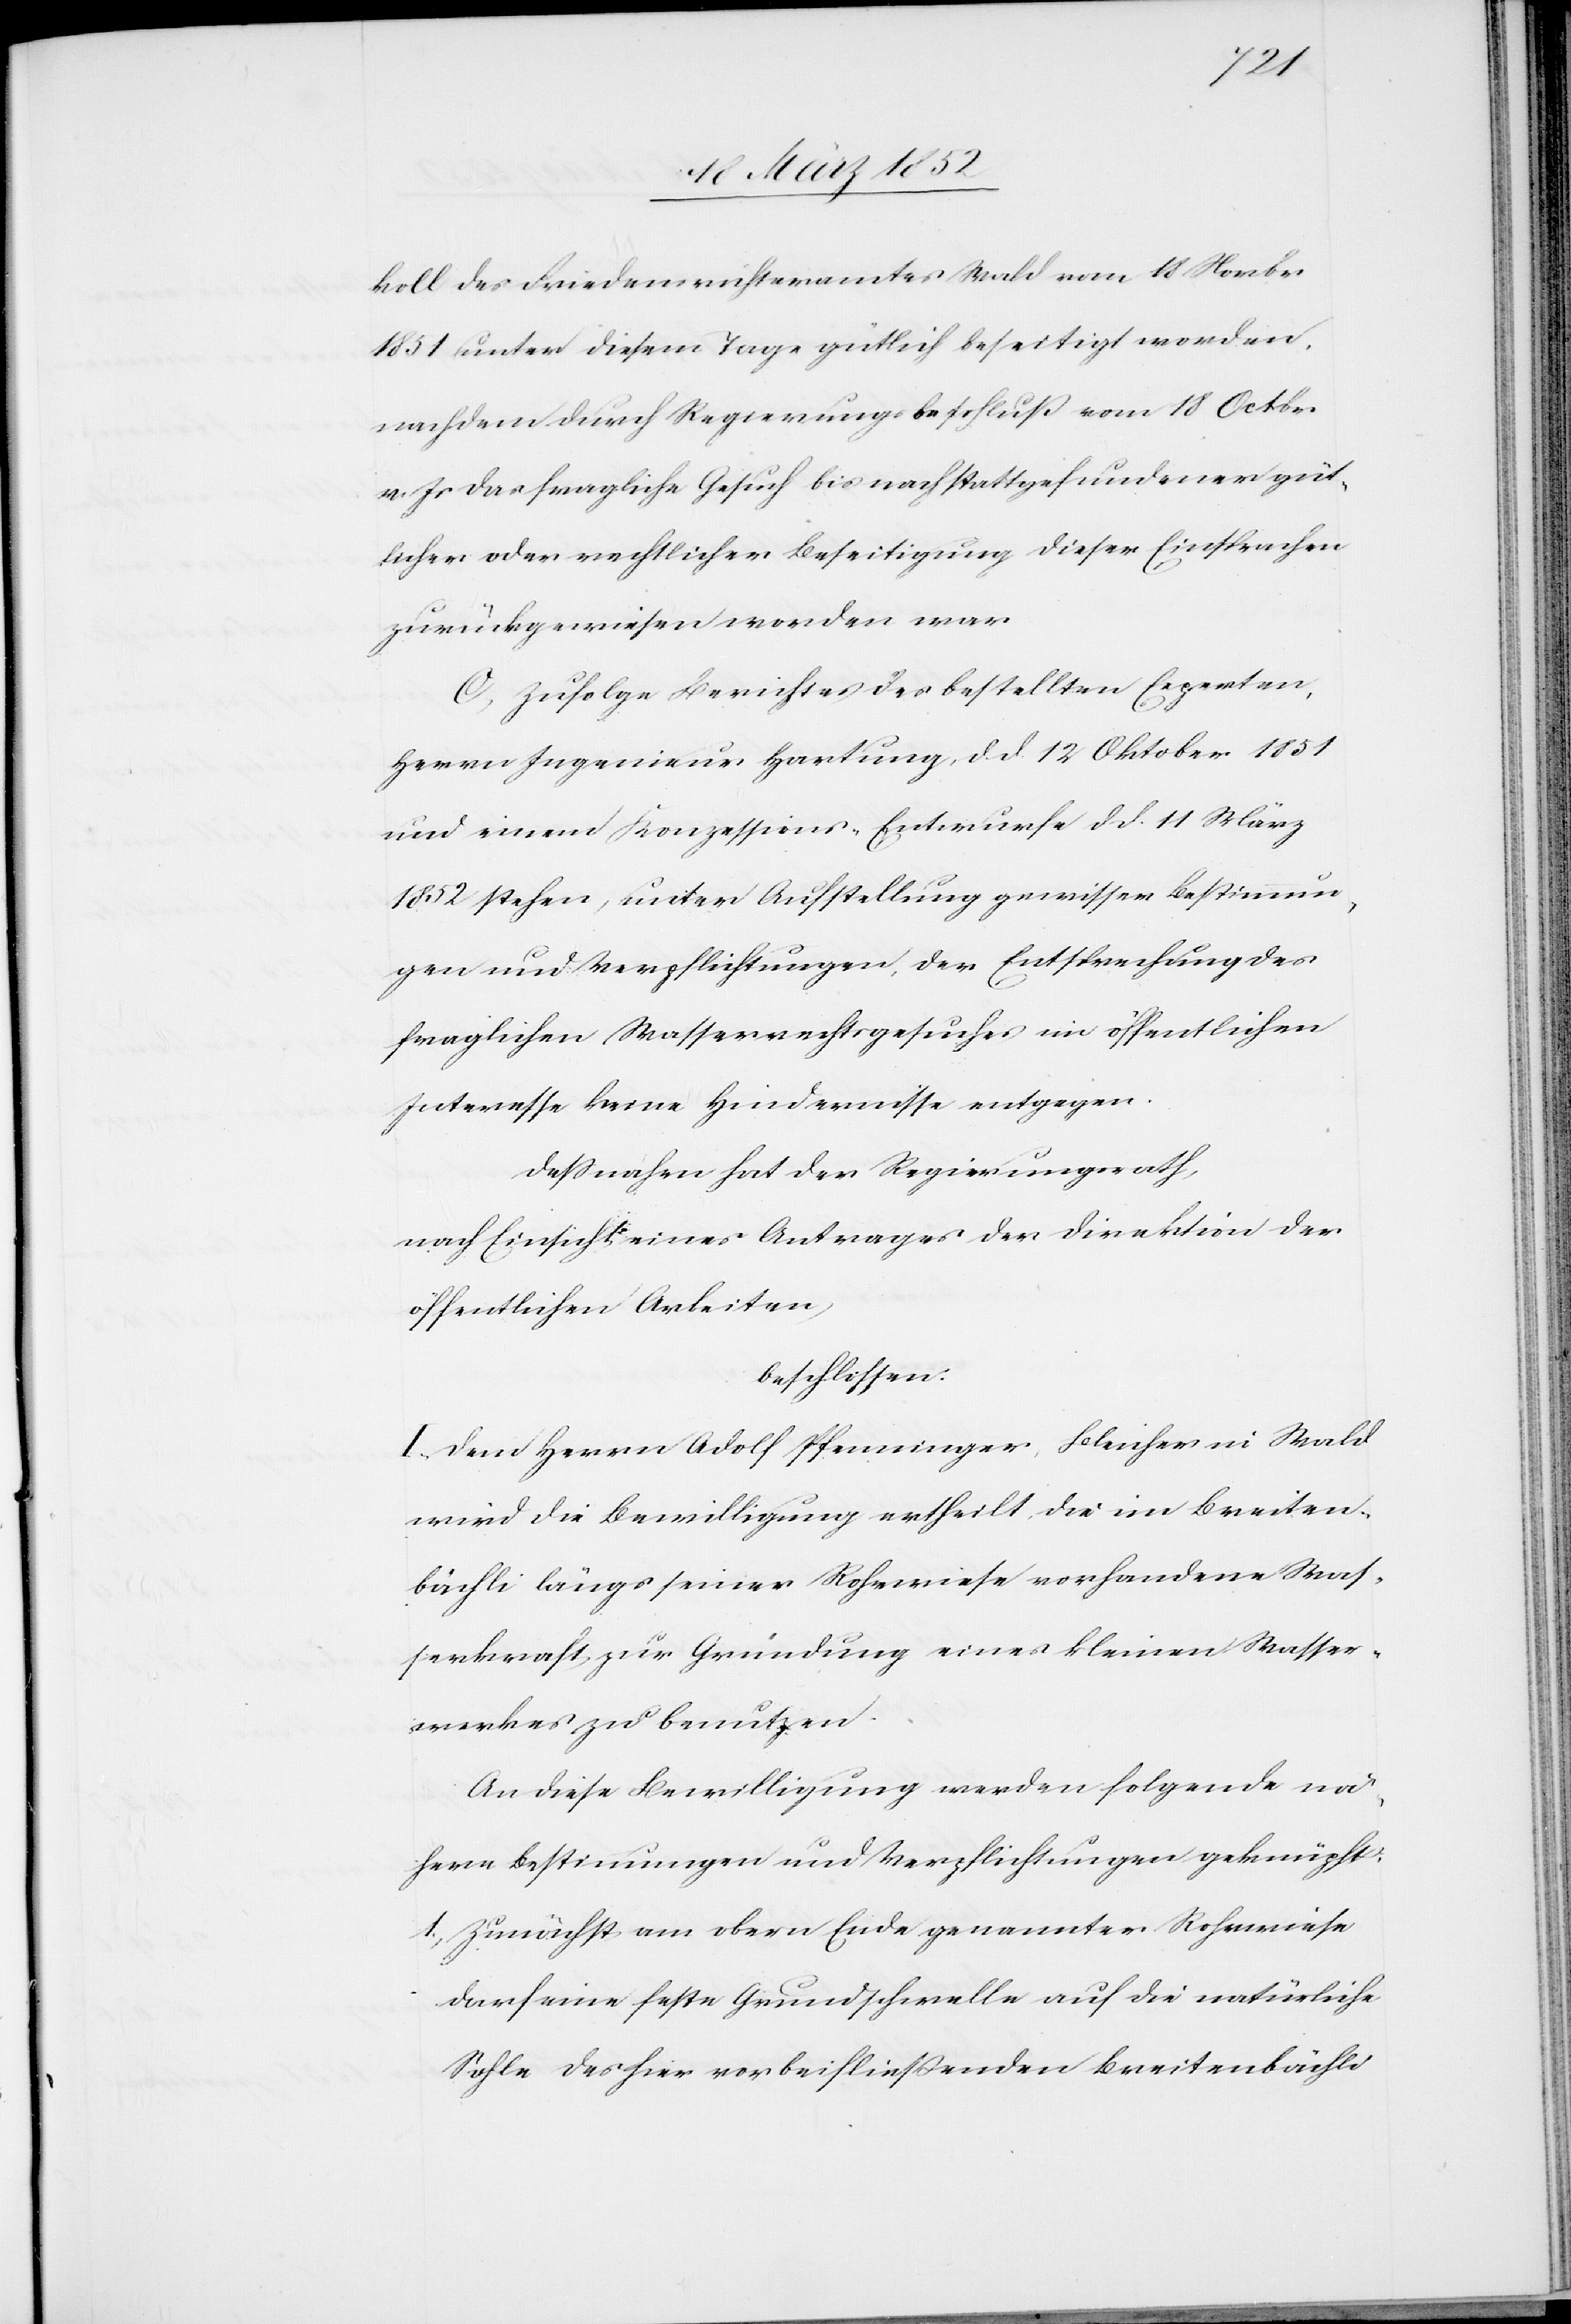
koll des Friedensrichteramtes Wald vom 18 Novbr
1851 unter diesem Tage gütlich beseitigt worden,
nachdem durch Regierungsbeschluß vom 18 Oktober
v. Js das fragliche Gesuch bis nach stattgefundener güt¬
licher oder rechtlicher Beseitigung dieser Einsprachen
zurükgewiesen worden war.
C. Zufolge Berichtes es bestellten Experten,
Herrn Ingenieurs Hartung, d. d. 12 Oktober 1851
und einem Konzessions-Entwurfe d. d. 11 März
1852 stehen, unter Aufstellung gewisser Bestimmun¬
gen und Verpflichtungen, der Entsprechung des
fraglichen Wasserrechtsgesuches im öffentlichen
Interesse keine Hindernisse entgegen.
Deßnahen hat der Regierungsrath,
nach Einsicht eines Antrages der Direktion der
öffentlichen Arbeiten,
beschlossen.
I. Dem Herrn Adolf Pfenninger, Bleicher in Wald
wird die Bewilligung ertheilt, die im Breiten¬
bächli längs seiner Rohrwiese vorhandene Was¬
serkraft zur Gründung eines kleinen Wasser¬
werkes zu benutzen.
An diese Bewilligung werden folgende nä¬
here Bestimmungen und Verpflichtungen geknüpft:
1) Zunächst am obern Ende genannter Rohrwiese
darf eine feste Grundschwelle auf die natürliche
Sohle des hier vorbeifließenden Breitenbächli